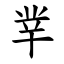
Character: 丵